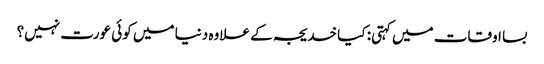
بسا اوقات میں کہتی: کیا خدیجہ کے علاوہ دنیا میں کوئی عورت نہیں؟